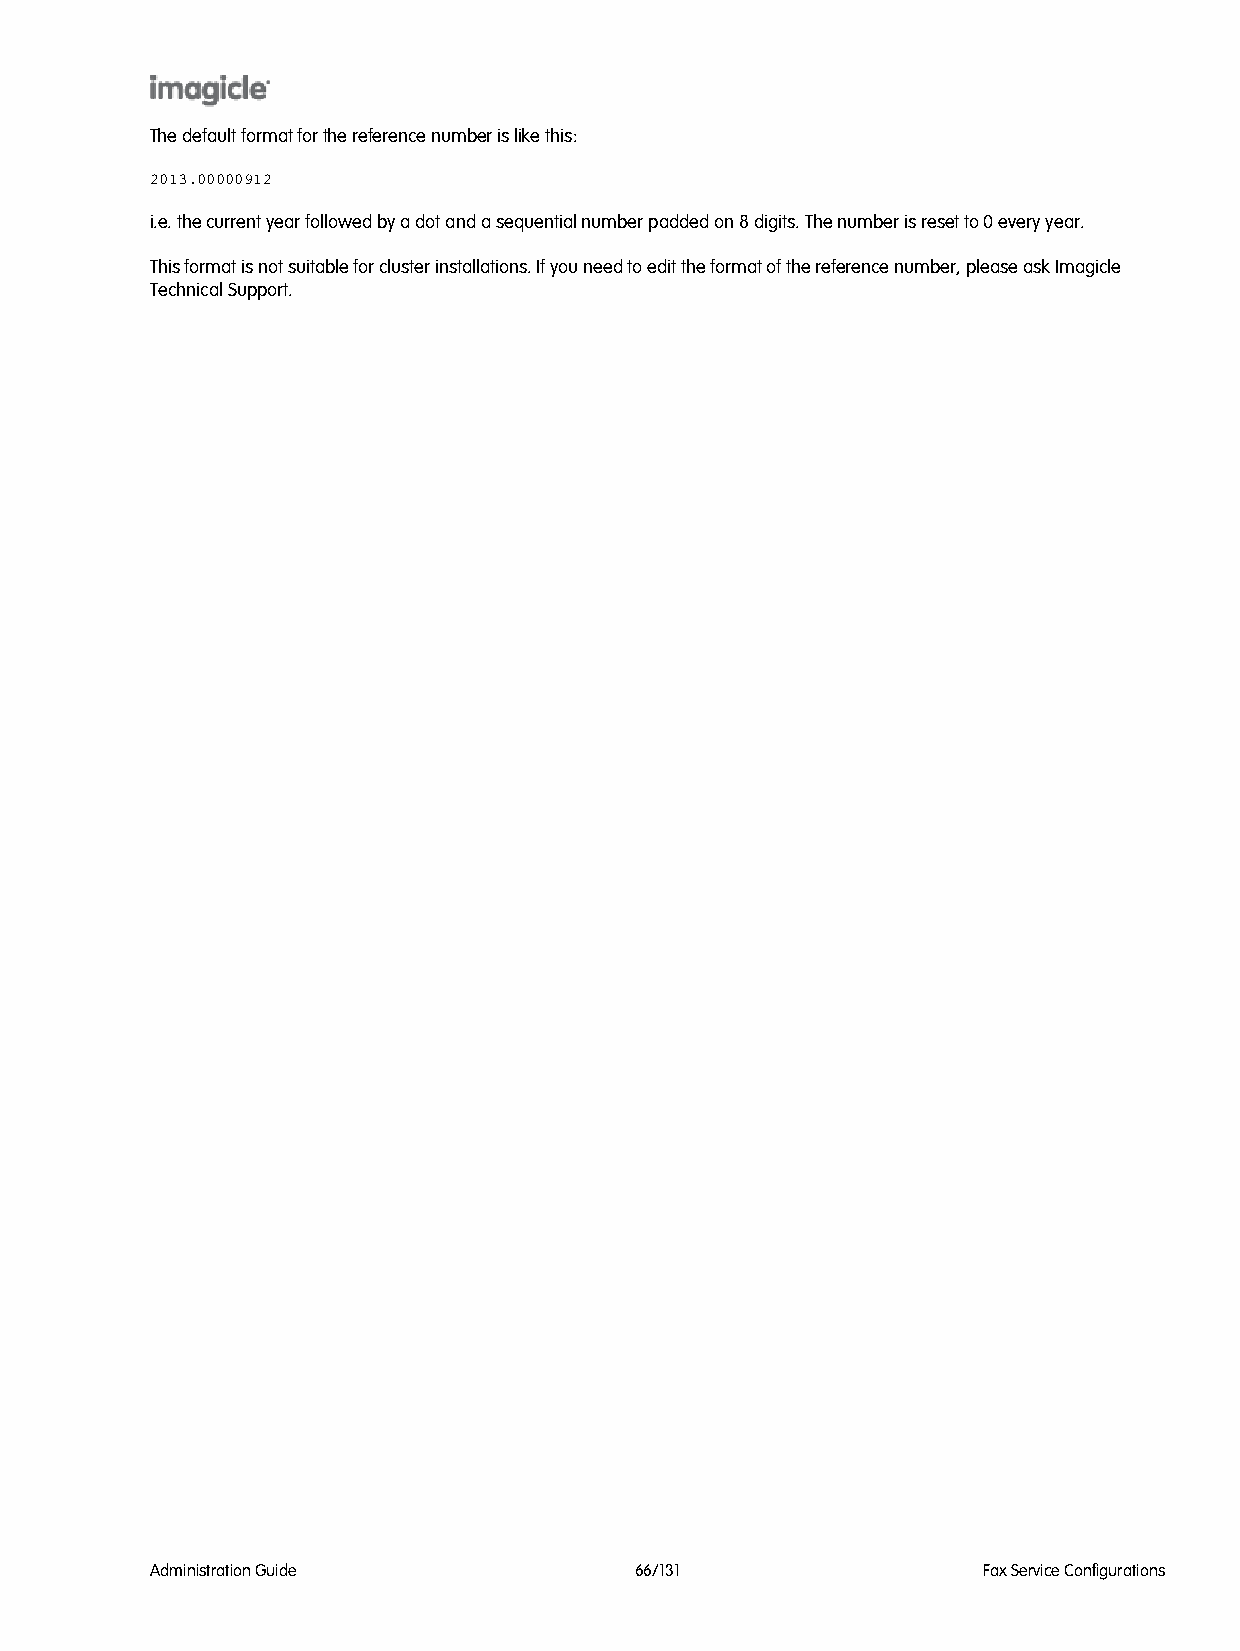
The default format for the reference number is like this:
 2013.00000912
 i.e. the current year followed by a dot and a sequential number padded on 8 digits. The number is reset to 0 every year.
 This format is not suitable for cluster installations. If you need to edit the format of the reference number, please ask Imagicle
 Technical Support.
 Administration Guide            66/131                 Fax Service Configurations